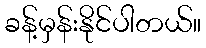
ခန့်မှန်းနိုင်ပါတယ်။